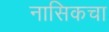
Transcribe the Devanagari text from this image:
नासिकचा